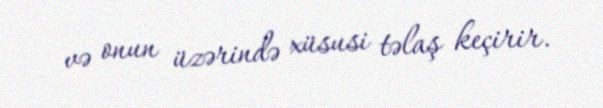
və onun üzərində xüsusi təlaş keçirir.